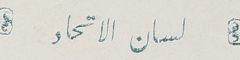
لسان الاتحاد